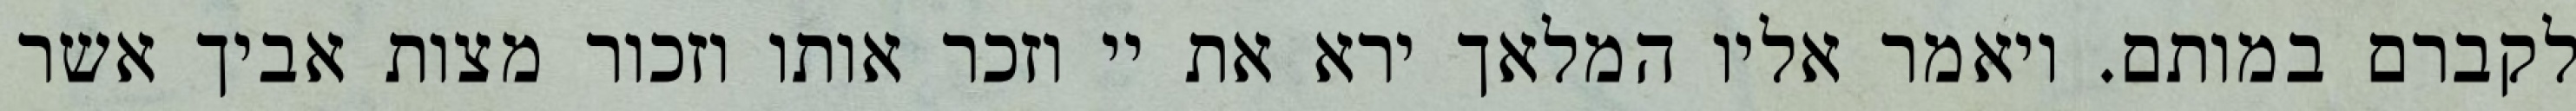
לקברם במותם. ויאמר אליו המלאך ירא את יי וזכר אותו וזכור מצות אביך אשר